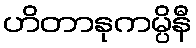
ဟိတာနုကမ္ပိနီ